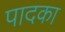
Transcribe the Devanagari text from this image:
पादका